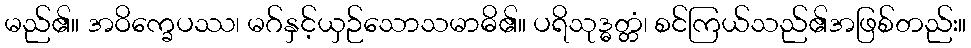
မည်၏။ အဝိက္ခေပဿ၊ မဂ်နှင့်ယှဉ်သောသမာဓိ၏။ ပရိသုဒ္ဓတ္တံ၊ စင်ကြယ်သည်၏အဖြစ်တည်း။